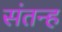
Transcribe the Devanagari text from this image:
संतन्ह